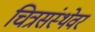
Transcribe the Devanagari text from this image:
चित्रसंस्थेवर